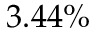
3 . 4 4 \%